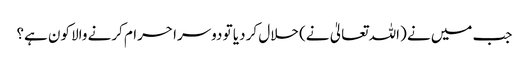
جب میں نے (اللہ تعالیٰ نے) حلال کر دیا تو دوسرا حرام کرنے والا کون ہے؟